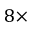
8 \times